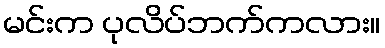
မင်းက ပုလိပ်ဘက်ကလား။